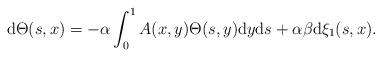
LaTeX: \begin{align*} \mathrm{d} \Theta(s,x)=-\alpha \int_0^1 A(x,y) \Theta(s,y) \mathrm{d}y \mathrm{d}s+ \alpha \beta \mathrm{d}\xi_1(s,x).\end{align*}